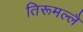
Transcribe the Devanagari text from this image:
तिरूमल्लै